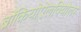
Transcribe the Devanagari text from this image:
ब्रोंकियोऐलवियोलर